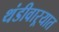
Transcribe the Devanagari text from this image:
थंडीवाऱ्यात